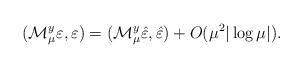
LaTeX: \begin{align*}({\mathcal{M}_\mu^y}\varepsilon,\varepsilon)=({\mathcal{M}_\mu^y}\hat{\varepsilon},\hat{\varepsilon})+O(\mu^2|\log\mu|).\end{align*}